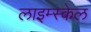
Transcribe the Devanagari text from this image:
लाइम्स्केल